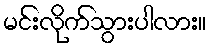
မင်းလိုက်သွားပါလား။